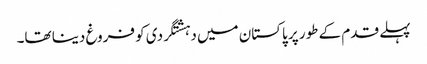
پہلے قدم کے طور پر پاکستان میں دہشتگردی کو فروغ دینا تھا۔